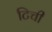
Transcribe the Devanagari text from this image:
टिची